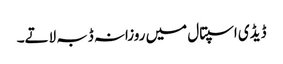
ڈیڈی اسپتال میں روزانہ ڈبہ لاتے۔